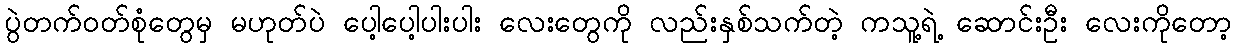
ပွဲတက်ဝတ်စုံတွေမှ မဟုတ်ပဲ ပေါ့ပေါ့ပါးပါး လေးတွေကို လည်းနှစ်သက်တဲ့ ကသူ့ရဲ့ ဆောင်းဦး လေးကိုတော့